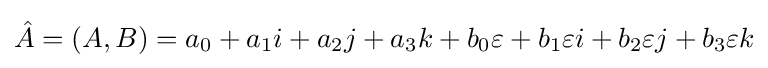
{\hat {A}}=(A,B)=a_{0}+a_{1}i+a_{2}j+a_{3}k+b_{0}\varepsilon +b_{1}\varepsilon i+b_{2}\varepsilon j+b_{3}\varepsilon k